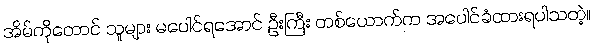
အိမ်ကိုတောင် သူများ မပေါင်ရအောင် ဦးကြီး တစ်ယောက်က အပေါင်ခံထားရပါသတဲ့။